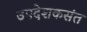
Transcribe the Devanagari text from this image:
उपदेशकसंत